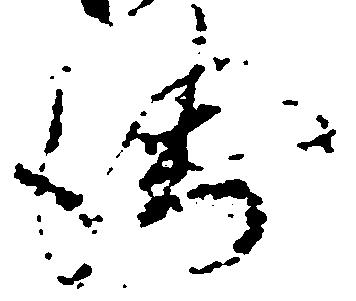
衛